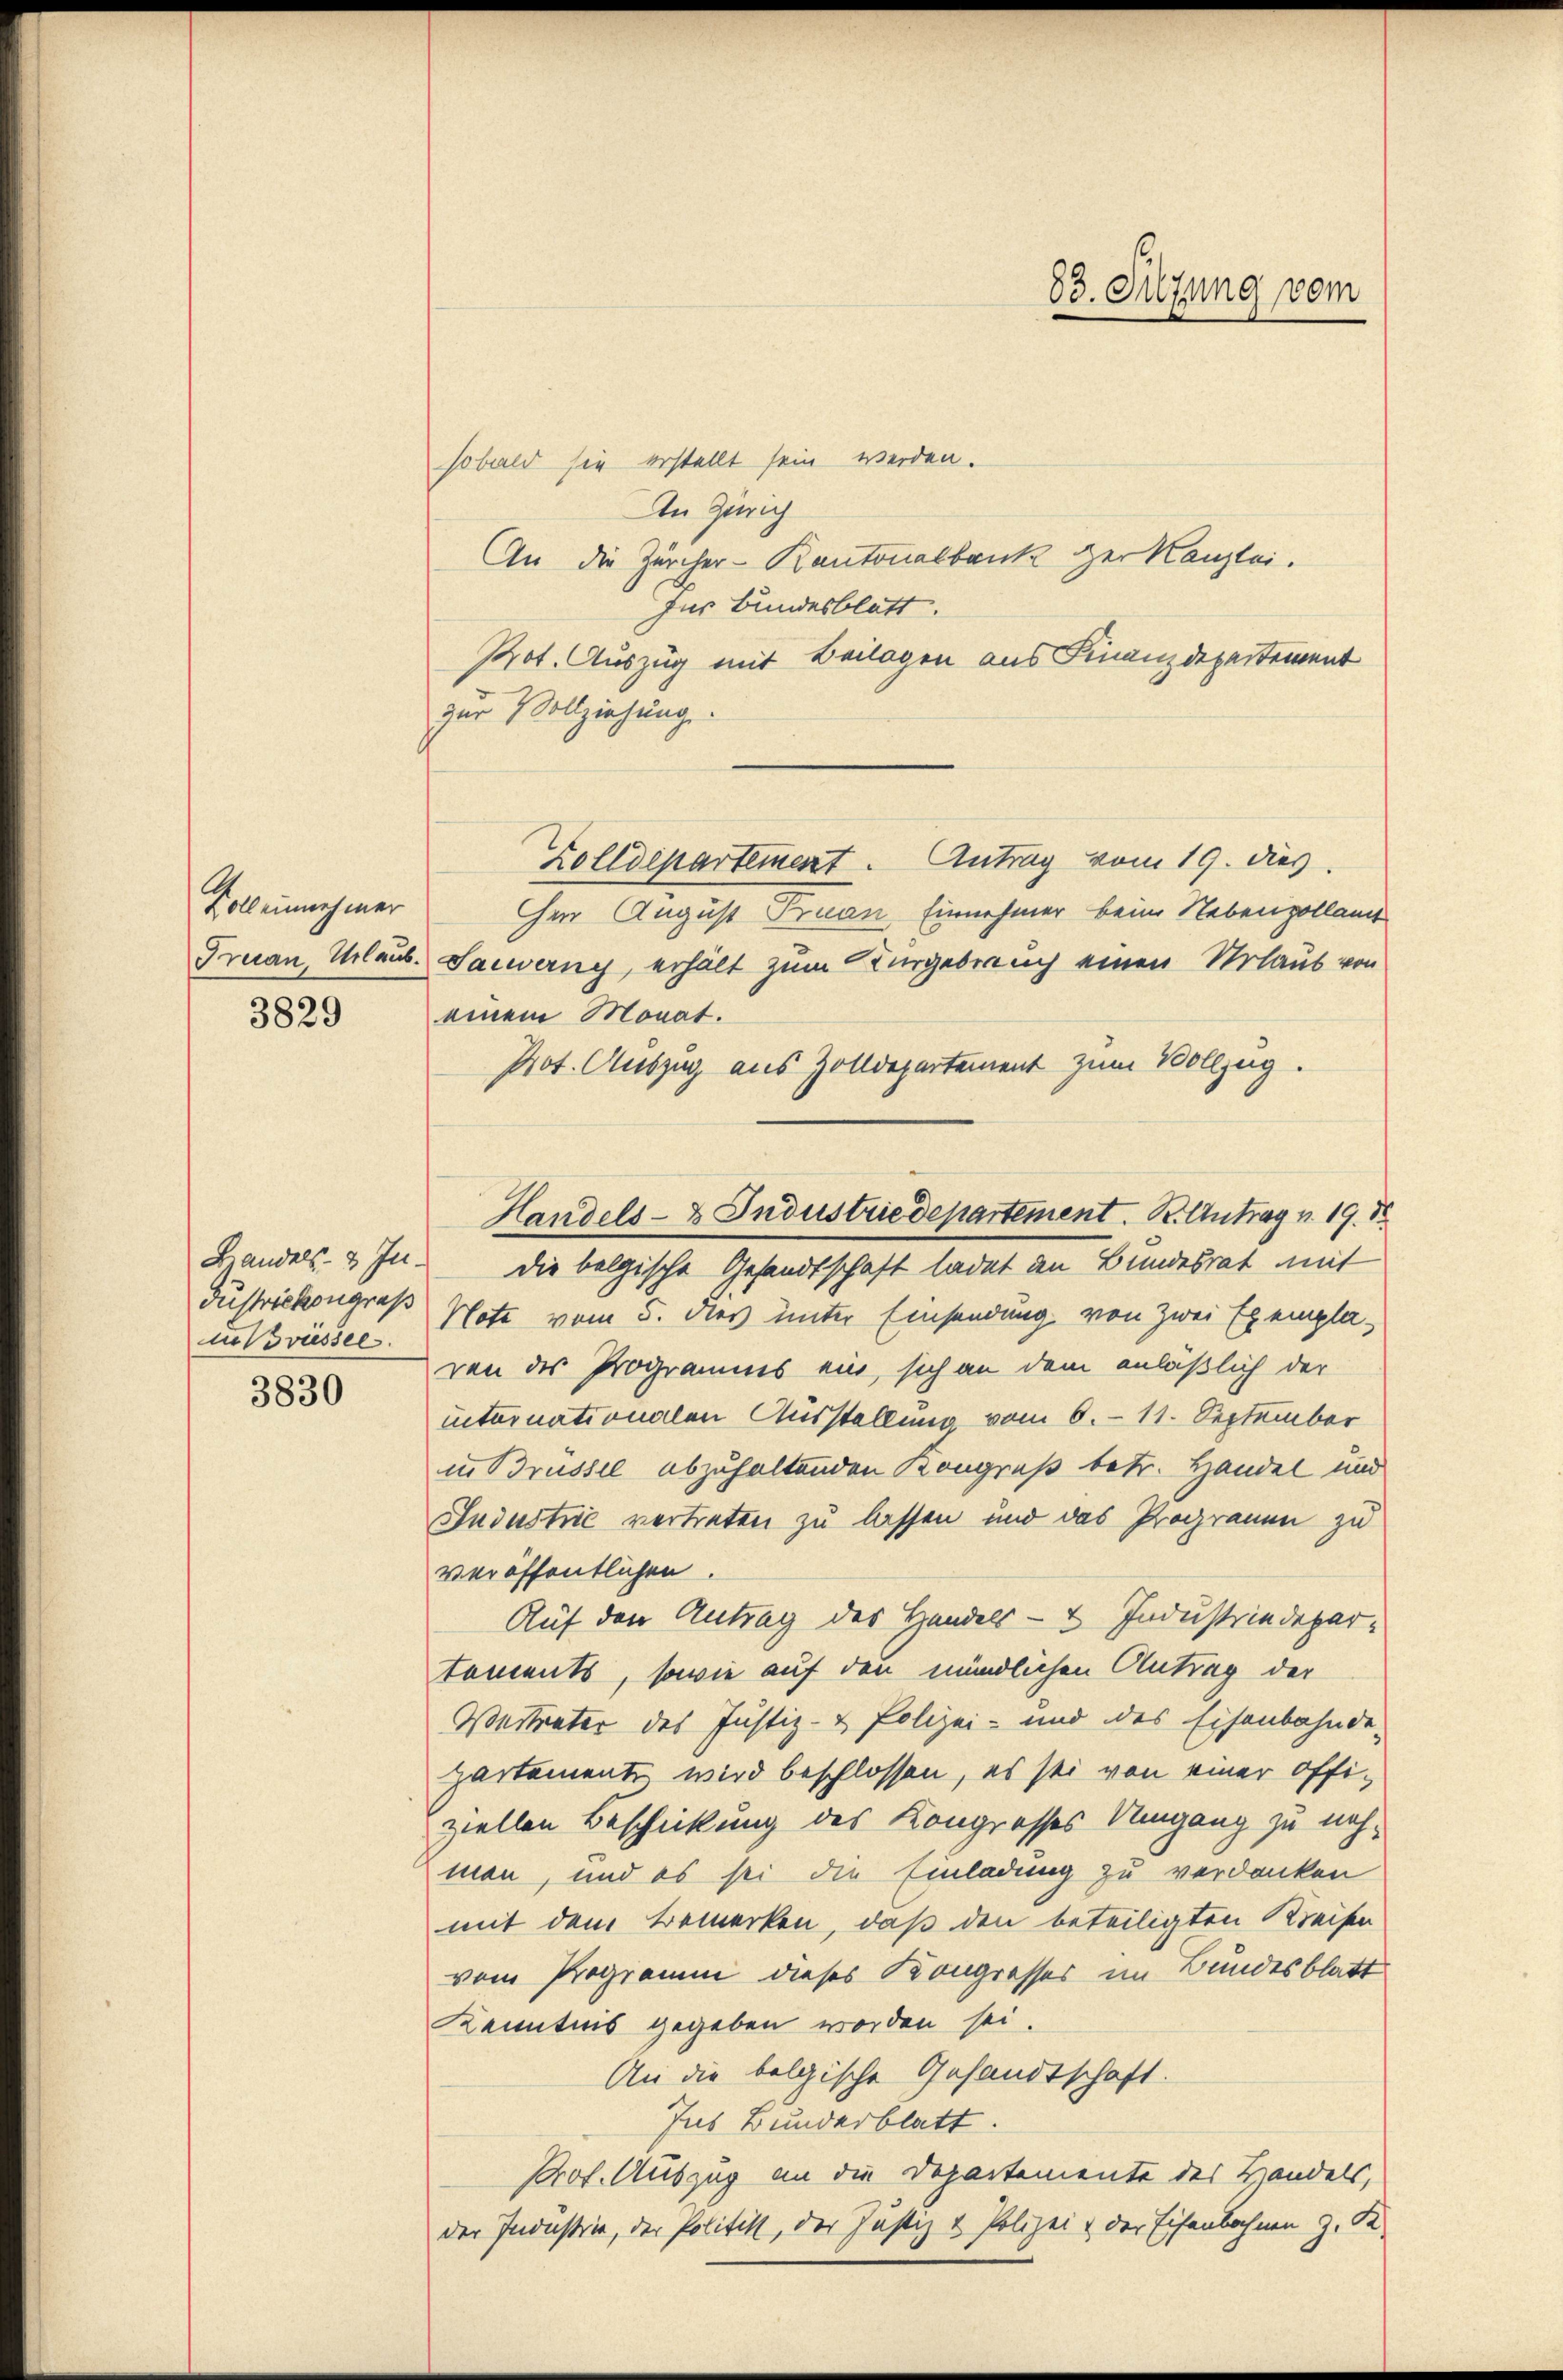
Voll einnehmer
3829

in Briessel.

3830

83. Silzung vom

sobald sie erstellt sein werden.
An Zürich
An die Zürcher-Kantonalbank zur Kanzlei.
für Bundesblatt.
Kot. Auszug mit Beilagen aus Finanzdepartement
zur Vollziehung.
Zolldepartement. Antrag vom 19. dies
hen August Fruan Einnehmer beim Nebenzollant
Gruan, Urlaub. Sacwerny, erhält zum Kurgebrauch einen Urlaub von
einem Monat.
Prot. Auszug aus Zolldepartement zum Vollzug.
dustrickongroß Note vom 5. dies unter Einsendung von Zwei Exempla-
ren des Programms ein, sich an dem anläßlich der
internationalen Ausstellung vom 6. 11. September
in Brüssel abzuhaltenden Kongruß betr. Handel und
Jndustrić vertreten zu lassen und das Prograuen zu
veröffentlichen.
Auf den Antrag des Handels- 1. Industriedepartements, sowie auf den mündlichen Antrag der
Weiterater des Justiz- & Polizei- und des Eisenbahnde-
partemente wird beschlossen, es sei von einer Offiziellen Beschickung des Kongrosses Umgang zu neh-
man, und es sei die Einladung zu verdanken
mit dem Bemerken, daß den beteiligten Kreisen
vom Programm dieses Kongresses im Bundesblatt
Kenntnis gegeben worden sei.
An die bolgische Gesandtschaft.
Ins Bunderblatt.
Prof. Auszug an die Departemente des Handels,
der Industrie, der Politik, der Justiz & Polizei & der Eisenbahnen z. K.

Handels- & Industriedepartement. K. Antrag v. 19. 18
Handels- & In die belgische Gesandtschaft ladet an Bundesrat mit